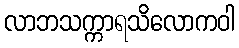
လာဘသက္ကာရသိလောကဝါ